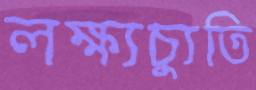
লক্ষ্যচ্যুতি